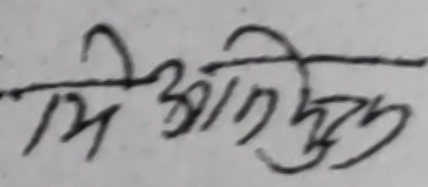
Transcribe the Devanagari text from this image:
मि आकृति तु